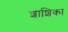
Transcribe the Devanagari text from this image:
शाशिका